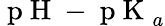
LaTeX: \mathrm{~p~H~}-\mathrm{~p~K~}_{a}